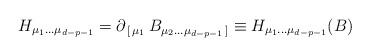
LaTeX: \begin{align*}H_{\mu_1\dots\mu_{d-p-1}}=\partial_{\,[\,\mu_1}\, B_{\mu_2\dots\mu_{d-p-1}\,]}\equiv H_{\mu_1\dots\mu_{d-p-1}}(B)\end{align*}